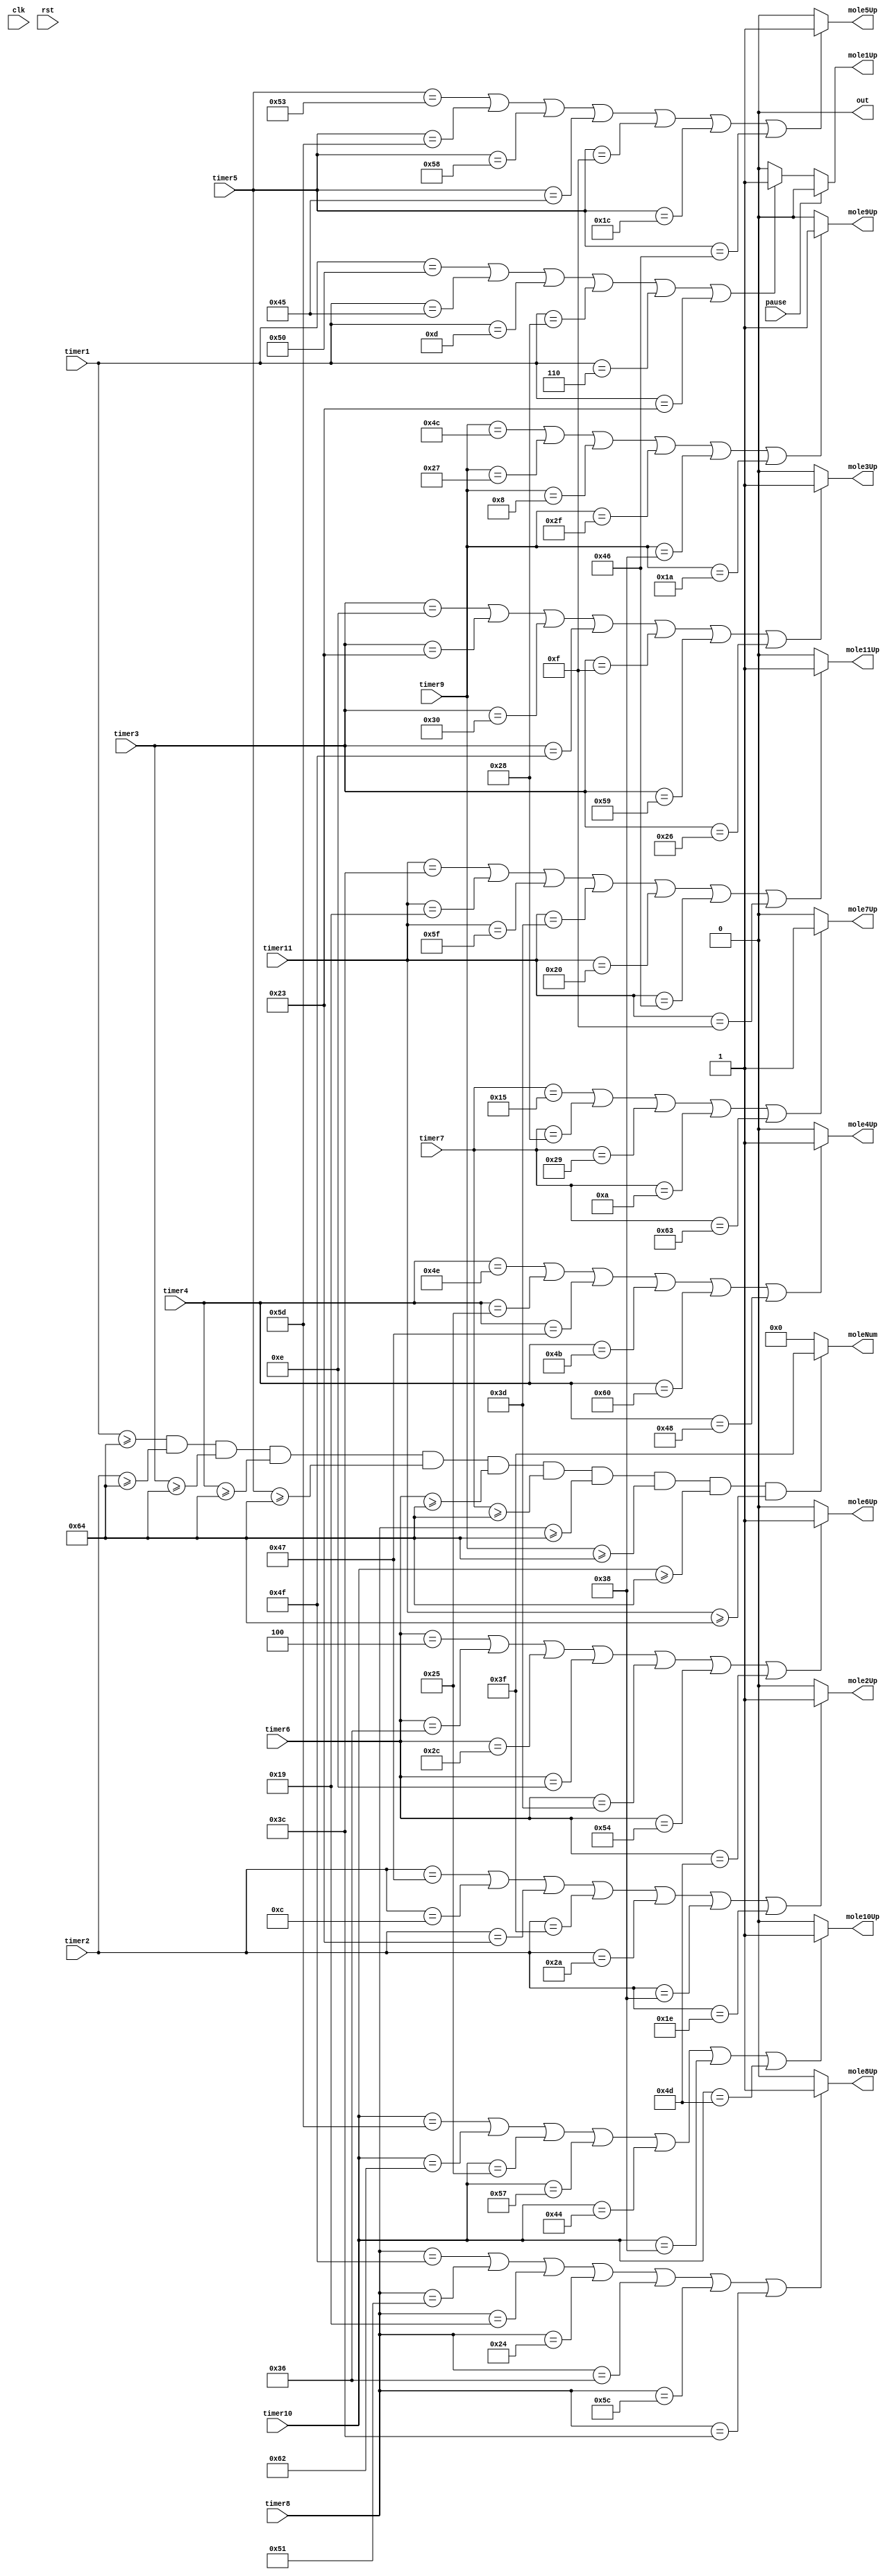
/*
   This file was generated automatically by the Mojo IDE version B1.3.6.
   Do not edit this file directly. Instead edit the original Lucid source.
   This is a temporary file and any changes made to it will be destroyed.
*/

module lightup_2_3 (
    input clk,
    input rst,
    output reg out,
    output reg mole1Up,
    output reg mole2Up,
    output reg mole3Up,
    output reg mole4Up,
    output reg mole5Up,
    output reg mole6Up,
    output reg mole7Up,
    output reg mole8Up,
    output reg mole9Up,
    output reg mole10Up,
    output reg mole11Up,
    output reg [5:0] moleNum,
    input [6:0] timer1,
    input [6:0] timer2,
    input [6:0] timer3,
    input [6:0] timer4,
    input [6:0] timer5,
    input [6:0] timer6,
    input [6:0] timer7,
    input [6:0] timer8,
    input [6:0] timer9,
    input [6:0] timer10,
    input [6:0] timer11,
    input pause
  );
  
  
  
  always @* begin
    out = 1'h0;
    if (pause == 1'h1) begin
      mole1Up = 1'h0;
    end else begin
      if (timer1 == 7'h50 || timer1 == 7'h45 || timer1 == 7'h0d || timer1 == 7'h28 || timer1 == 7'h06 || timer1 == 7'h23) begin
        mole1Up = 1'h1;
      end else begin
        mole1Up = 1'h0;
      end
    end
    if (pause == 2'h2) begin
      mole2Up = 1'h0;
    end else begin
      if (timer2 == 7'h47 || timer2 == 7'h0c || timer2 == 7'h23 || timer2 == 7'h3f || timer2 == 7'h2a || timer2 == 7'h38 || timer2 == 7'h1e) begin
        mole2Up = 1'h1;
      end else begin
        mole2Up = 1'h0;
      end
    end
    if (pause == 2'h3) begin
      mole3Up = 1'h0;
    end else begin
      if (timer3 == 7'h0e || timer3 == 7'h23 || timer3 == 7'h30 || timer3 == 7'h4f || timer3 == 7'h0f || timer3 == 7'h59 || timer3 == 7'h26) begin
        mole3Up = 1'h1;
      end else begin
        mole3Up = 1'h0;
      end
    end
    if (pause == 3'h4) begin
      mole4Up = 1'h0;
    end else begin
      if (timer4 == 7'h4e || timer4 == 7'h25 || timer4 == 7'h47 || timer4 == 7'h4b || timer4 == 7'h60 || timer4 == 7'h48) begin
        mole4Up = 1'h1;
      end else begin
        mole4Up = 1'h0;
      end
    end
    if (pause == 3'h5) begin
      mole5Up = 1'h0;
    end else begin
      if (timer5 == 7'h53 || timer5 == 7'h5d || timer5 == 7'h58 || timer5 == 7'h45 || timer5 == 7'h0f || timer5 == 7'h1c || timer5 == 7'h46) begin
        mole5Up = 1'h1;
      end else begin
        mole5Up = 1'h0;
      end
    end
    if (pause == 3'h6) begin
      mole6Up = 1'h0;
    end else begin
      if (timer6 == 7'h04 || timer6 == 7'h36 || timer6 == 7'h2c || timer6 == 7'h0e || timer6 == 7'h3d || timer6 == 7'h54 || timer6 == 7'h4d) begin
        mole6Up = 1'h1;
      end else begin
        mole6Up = 1'h0;
      end
    end
    if (pause == 3'h7) begin
      mole7Up = 1'h0;
    end else begin
      if (timer7 == 7'h15 || timer7 == 7'h28 || timer7 == 7'h29 || timer7 == 7'h0a || timer7 == 7'h63) begin
        mole7Up = 1'h1;
      end else begin
        mole7Up = 1'h0;
      end
    end
    if (pause == 4'h8) begin
      mole8Up = 1'h0;
    end else begin
      if (timer8 == 7'h4f || timer8 == 7'h51 || timer8 == 7'h19 || timer8 == 7'h24 || timer8 == 7'h36 || timer8 == 7'h5c || timer8 == 7'h3c) begin
        mole8Up = 1'h1;
      end else begin
        mole8Up = 1'h0;
      end
    end
    if (pause == 4'h9) begin
      mole9Up = 1'h0;
    end else begin
      if (timer9 == 7'h4c || timer9 == 7'h27 || timer9 == 7'h08 || timer9 == 7'h2f || timer9 == 7'h38 || timer9 == 7'h1a) begin
        mole9Up = 1'h1;
      end else begin
        mole9Up = 1'h0;
      end
    end
    if (pause == 4'ha) begin
      mole10Up = 1'h0;
    end else begin
      if (timer10 == 7'h5d || timer10 == 7'h62 || timer10 == 7'h25 || timer10 == 7'h57 || timer10 == 7'h44 || timer10 == 7'h38 || timer10 == 7'h4d) begin
        mole10Up = 1'h1;
      end else begin
        mole10Up = 1'h0;
      end
    end
    if (pause == 4'hb) begin
      mole11Up = 1'h0;
    end else begin
      if (timer11 == 7'h3c || timer11 == 7'h19 || timer11 == 7'h5f || timer11 == 7'h3d || timer11 == 7'h20 || timer11 == 7'h46 || timer11 == 7'h0f) begin
        mole11Up = 1'h1;
      end else begin
        mole11Up = 1'h0;
      end
    end
    if (timer1 >= 7'h64 && timer2 >= 7'h64 && timer3 >= 7'h64 && timer4 >= 7'h64 && timer5 >= 7'h64 && timer6 >= 7'h64 && timer7 >= 7'h64 && timer8 >= 7'h64 && timer9 >= 7'h64 && timer10 >= 7'h64 && timer11 >= 7'h64) begin
      moleNum = 6'h3f;
    end else begin
      moleNum = 1'h0;
    end
  end
endmodule